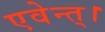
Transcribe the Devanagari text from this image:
एवेन्त्।